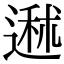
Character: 䢤